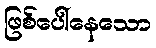
ဖြစ်ပေါ်နေသော